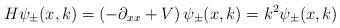
LaTeX: \begin{align*}H\psi_{\pm}(x,k)=\left(-\partial_{xx}+V\right)\psi_{\pm}(x,k)=k^{2}\psi_{\pm}(x,k)\end{align*}